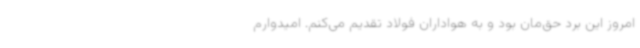
امروز این برد حق‌مان بود و به هواداران فولاد تقدیم می‌کنم. امیدوارم